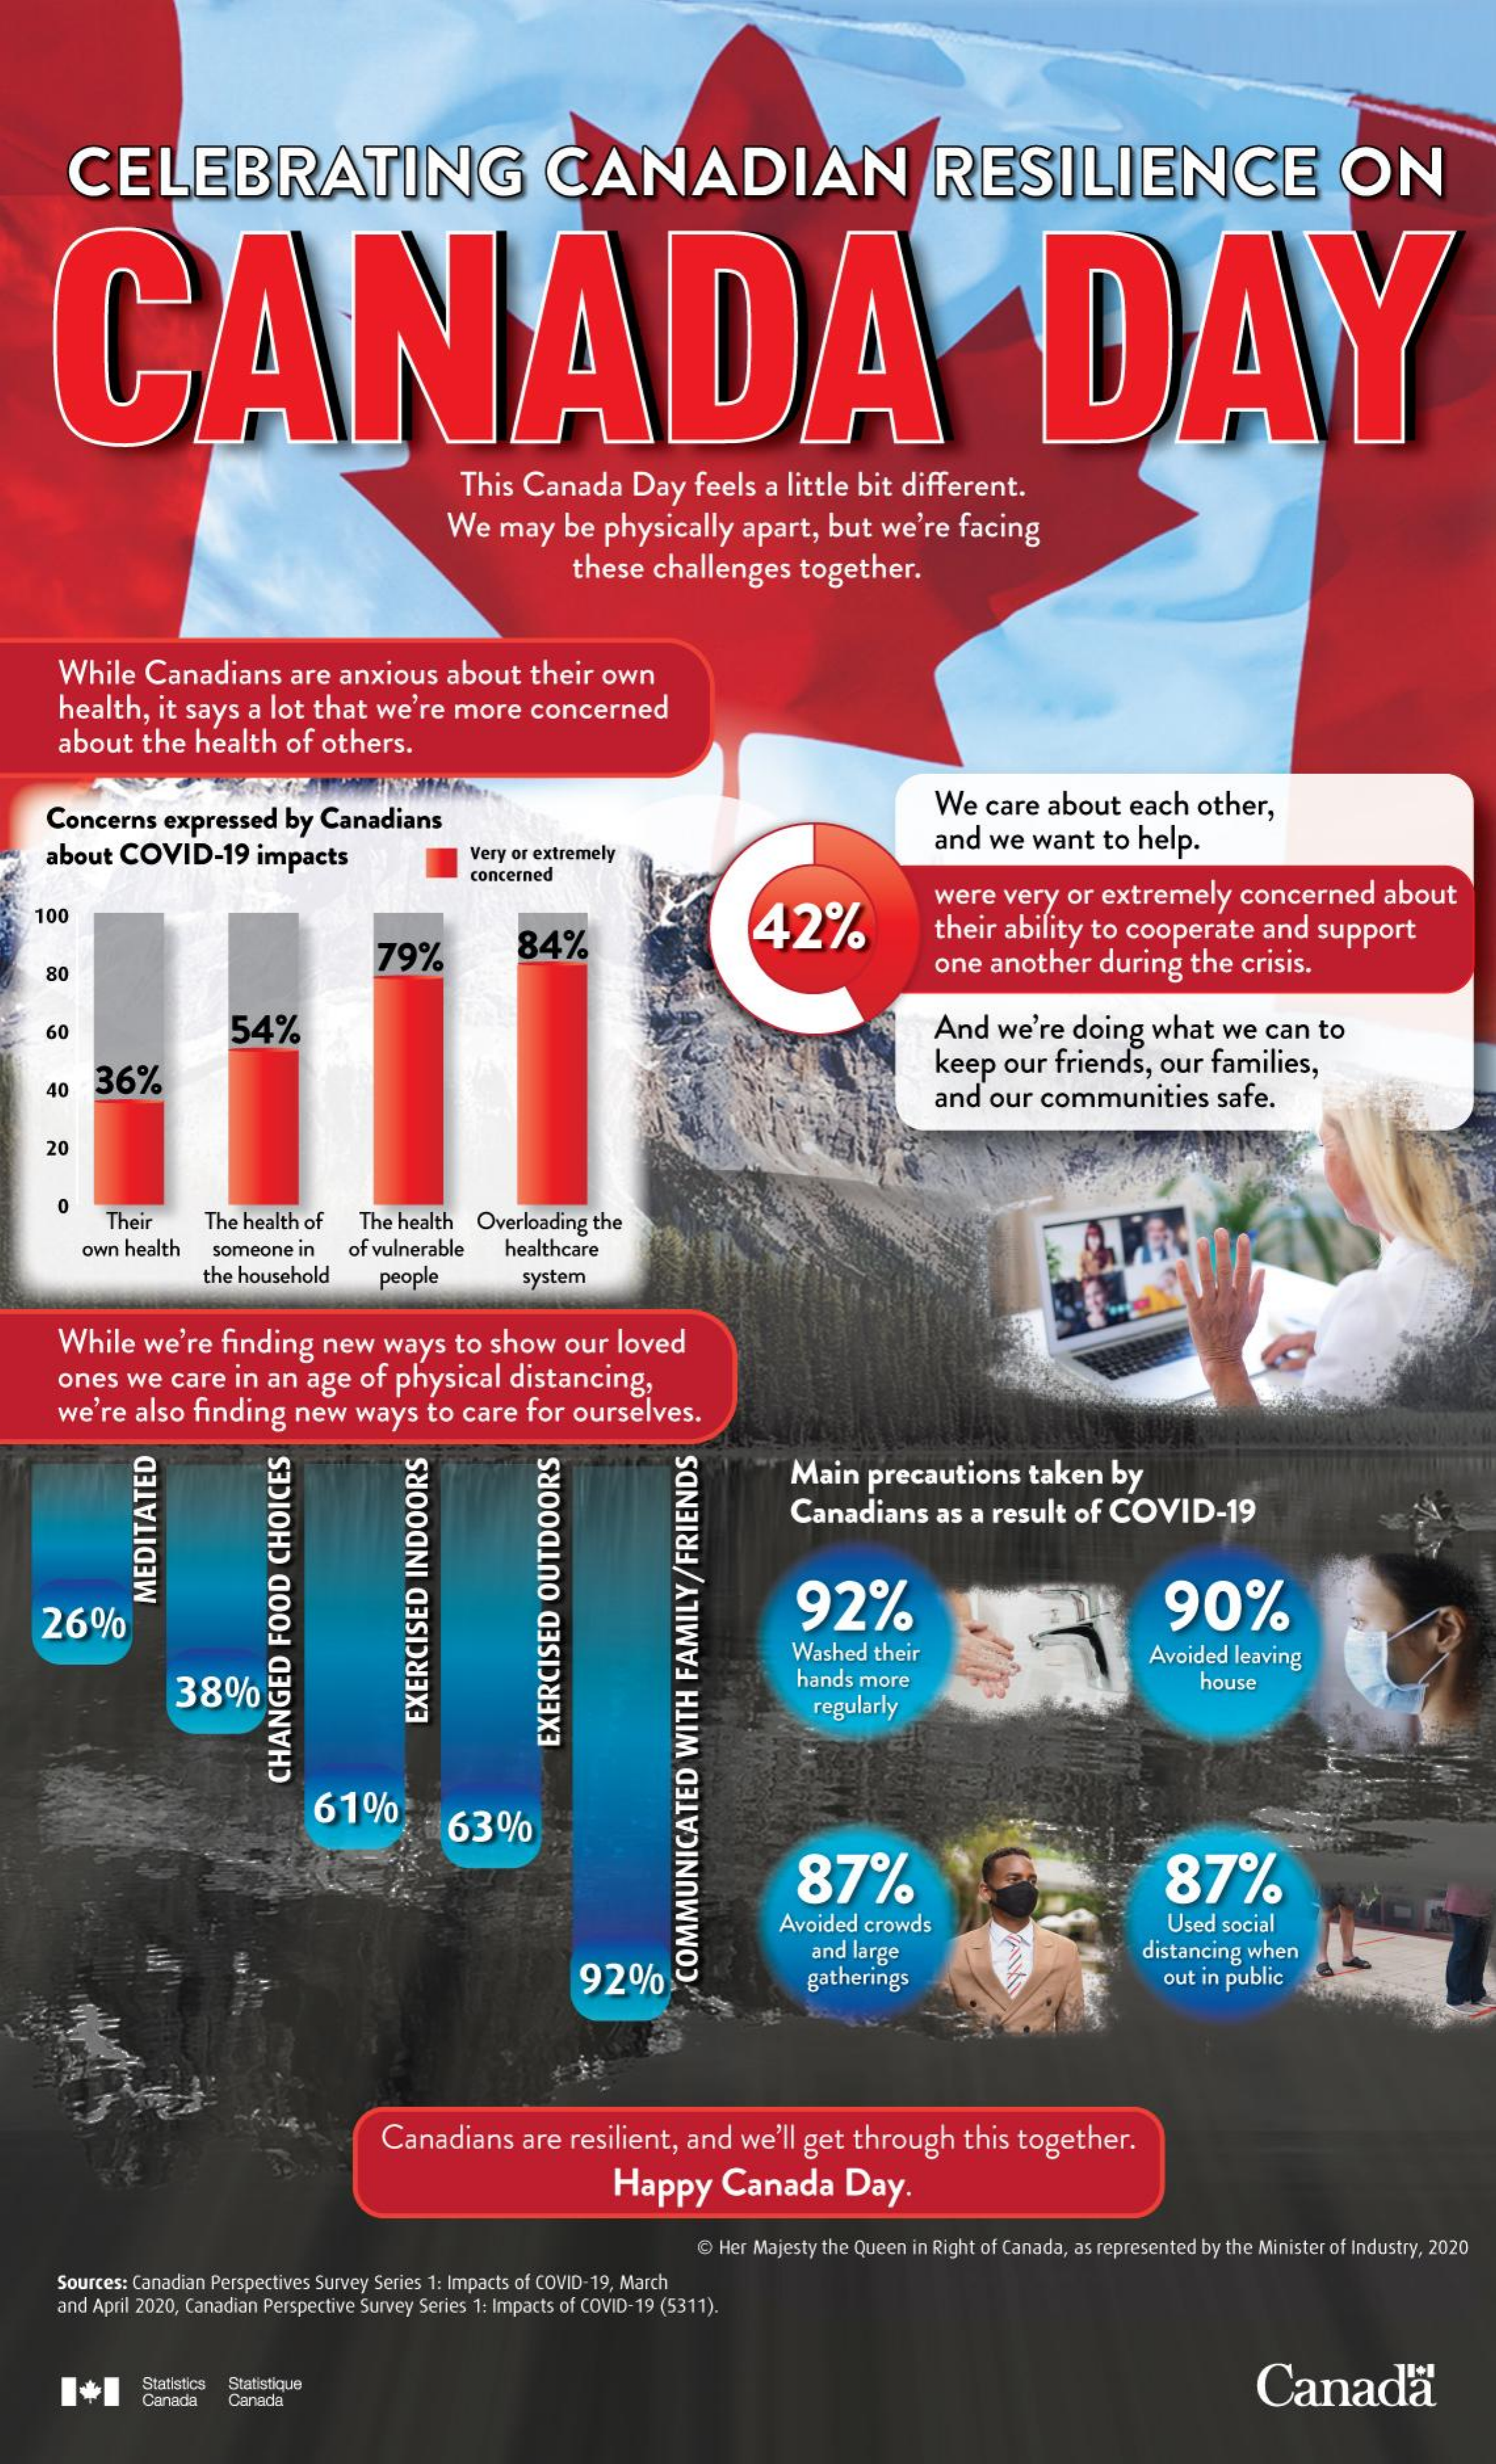
CELEBRATING    CANADIAN    RESILIENCE    ON
  CANADA    DAY
     This Canada    Day   feels  a little bit  different.
     We   may   be  physically    apart,   but  we're   facing
     these  challenges    together.
     While   Canadians    are anxious    about   their  own
     health,  it says  a lot  that  we're  more    concerned
     about   the  health   of  others.
     Concerns   expressed   by  Canadians    We   care  about   each   other,
     about  COVID-19    impacts    Very or extremely
     and  we  want    to help.
     concerned
     were   very  or  extremely    concerned    about
    100    42%
     79%    84%    their  ability to  cooperate    and   support
     80    one  another    during   the  crisis.
     60    54%    And   we're   doing  what    we  can  to
     40   36%    keep   our  friends,  our  families,
     and our  communities    safe.
     20
     0
     Their    The health of  The health  Overloading the
     own health  someone in   of vulnerable   healthcare
     the household    people    system
     While   we're   finding   new   ways   to show    our  loved
     ones  we   care  in an  age  of  physical   distancing,
     we're  also  finding   new   ways   to care   for ourselves.
     Main   precautions    taken   by
     Canadians    as  a result  of COVID-19
    26%
     92%    90%
     MEDITATED
     Washed  their
     38%    hands more
     Avoided  leaving
     house
     regularly
     EXERCISED
     INDOORS
     EXERCISED
     OUTDOORS
     CHANGED
     FOOD
     CHOICES
     61%
     63%
     87%    87%
     Avoided crowds    Used social
     92%
     and large    distancing when
     gatherings    out in public
     COMMUNICATED
     WITH
     FAMILY/FRIENDS
     Canadians    are resilient,  and  we'll get  through    this together.
     Happy    Canada    Day.
     Her Majesty the Queen in Right of Canada, as represented by the Minister of Industry, 2020
     Sources: Canadian Perspectives Survey Series 1: Impacts of COVID-19, March
     and April 2020, Canadian Perspective Survey Series 1: Impacts of COVID-19 (5311).
     I+1    Statistics Statistique    Canada®
     Canada  Canada